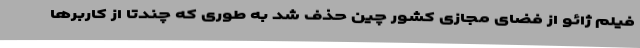
فیلم ژائو از فضای مجازی کشور چین حذف شد به طوری که چندتا از کاربرها